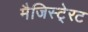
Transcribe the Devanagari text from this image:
मैजिस्टे्रट